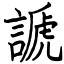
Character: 謕